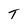
Character: T